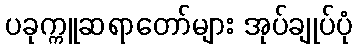
ပခုက္ကူဆရာတော်များ အုပ်ချုပ်ပုံ